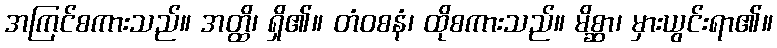
အကြင်စကားသည်။ အတ္ထိ၊ ရှိ၏။ တံဝစနံ၊ ထိုစကားသည်။ မိစ္ဆာ၊ မှားယွင်းရာ၏။